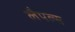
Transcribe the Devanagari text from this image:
लैपल्स